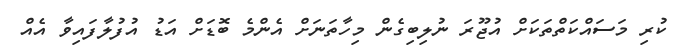
ކުރި މަސައްކަތްތަކަށް އުޖޫރަ ނުލިބިގެން މިހާތަނަށް އެންމެ ބޮޑަށް އަޑު އުފުލާފައިވާ އެއް